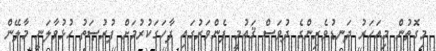
މިގޮތުން މިއަހަރު ދަނޑުވެރިންގެ ދުވަސް ޤައުމީ ފެންވަރުގައި ފާހަގަކުރުމަށް ފުރުޞަތު ހުޅުވާލަނީ މާލޭން